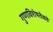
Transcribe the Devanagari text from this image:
गुणविशेषतेकडे